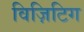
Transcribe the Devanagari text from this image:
विज़िटिग